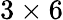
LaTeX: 3\times 6